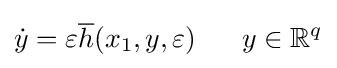
{\dot {y}}=\varepsilon {\overline {h}}(x_{1},y,\varepsilon )\;\;\;\;\;\;y\in \mathbb {R} ^{q}